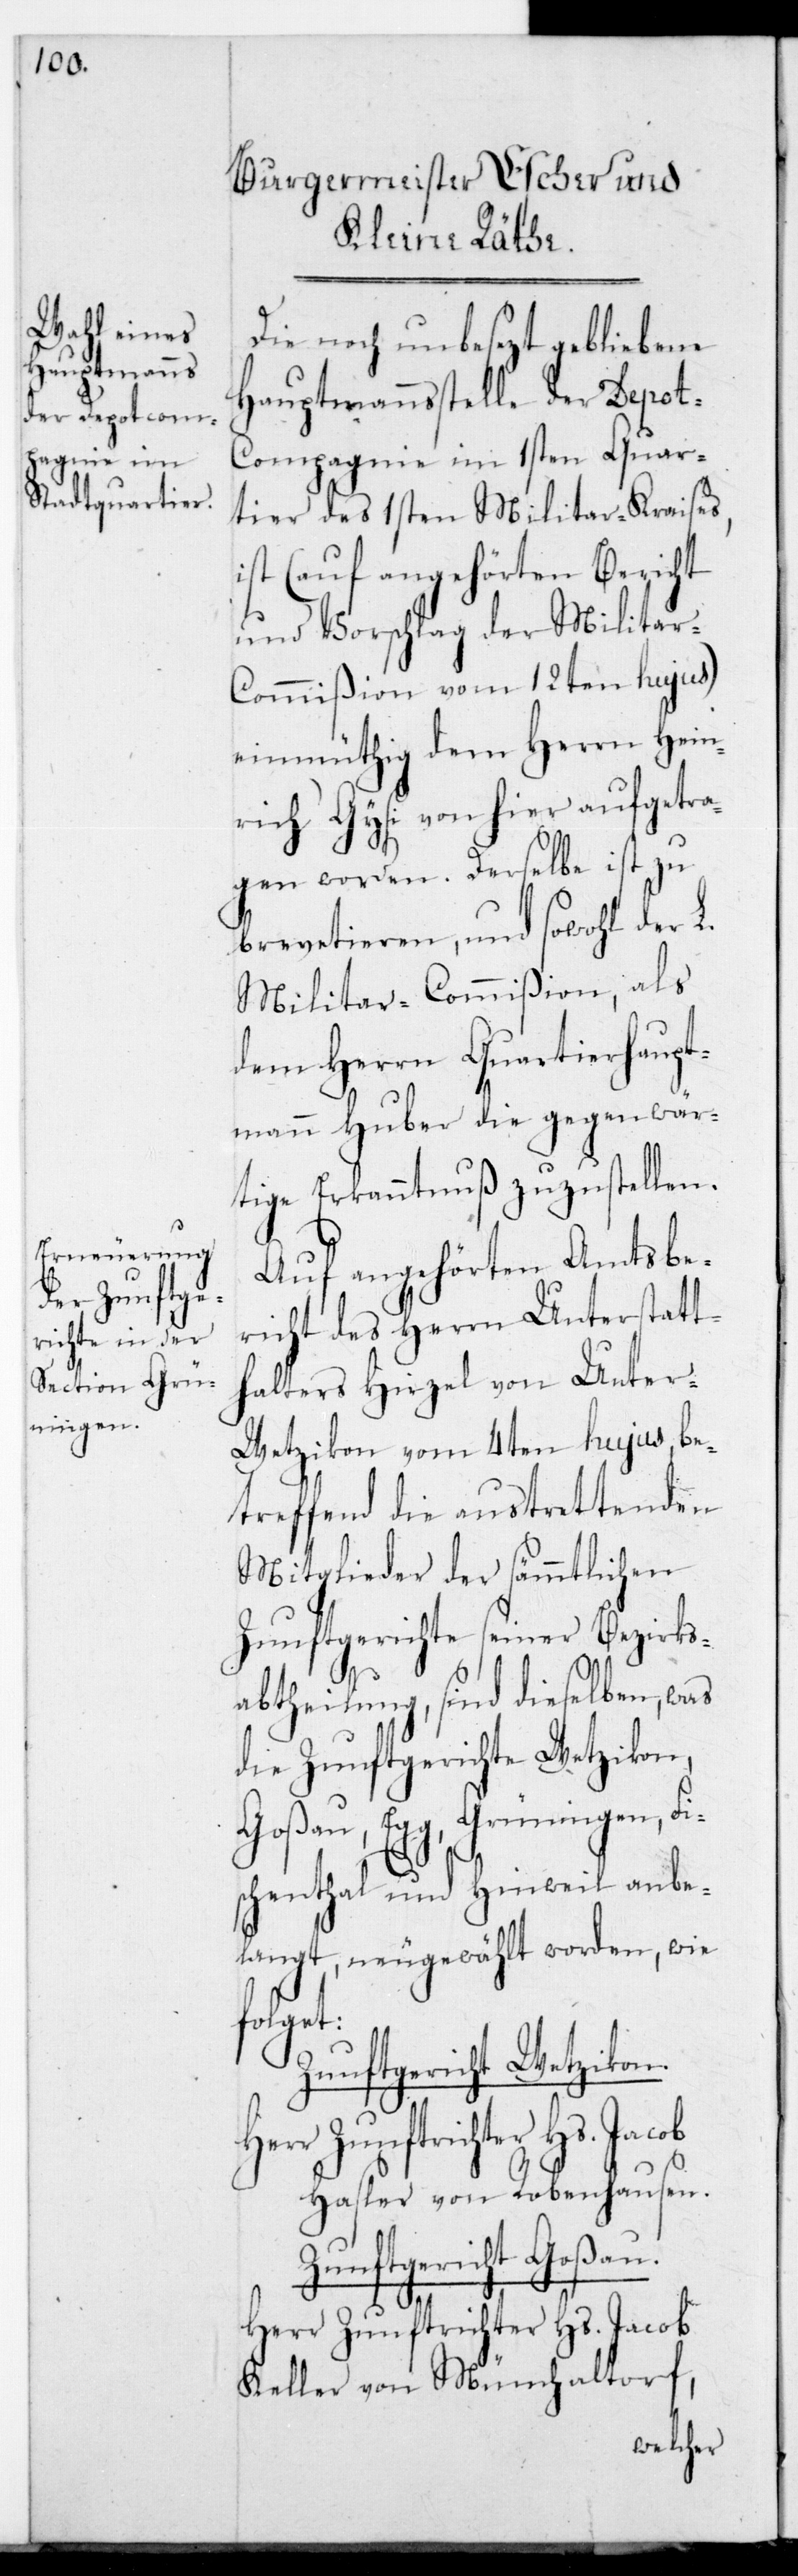
Die noch unbesezt gebliebene
Hauptmannsstelle der Depot-C¬
ompagnie im 1sten Quar¬
tier des 1sten Militar-Kraises,
ist (auf angehörten Bericht
und Vorschlag der Militar-C¬
ommißion vom 12ten hujus)
einmüthig dem Herrn Hein¬
rich Gysi von hier aufgetra¬
gen worden. Derselbe ist zu
brevetieren und sowohl der L.
Militar-Commißion als
dem Herrn Quartierhaupt¬
mann Huber die gegenwär¬
tige Erkanntnuß zuzustellen.
Auf angehörten Amtsbe¬
richt des Herrn Unterstatt¬
halters Hirzel von Unter-W¬
etzikon vom 4ten hujus, be¬
treffend die austrettenden
Mitglieder der sämmtlichen
Zunftgerichte seiner Bezirks¬
abtheilung, sind dieselben, was
die Zunftgerichte Wetzikon,
Goßau, Egg, Grüningen, Fis¬
chenthal und Hinweil anbe¬
langt, neugewählt worden, wie
folget:
Zunftgericht Wetzikon.
Hasler von Robenhausen.
Zunftgericht Goßau.
Herr Zunftrichter Hs. Jacob
Keller von Münchaltorf,